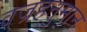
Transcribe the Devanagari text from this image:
वज्रहनुमान